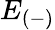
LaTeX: E_{(-)}